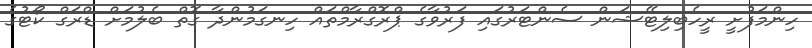
ހިންމަފުށީ ރީހެބިލިޓޭޝަން ސެންޓަރުގައި ފަރުވާގެ ޕްރޮގްރާމްތައް ހިނގަމުންދާ ގޮތް ބެލުމަށް ޑްރަގް ކޯޓުގެ